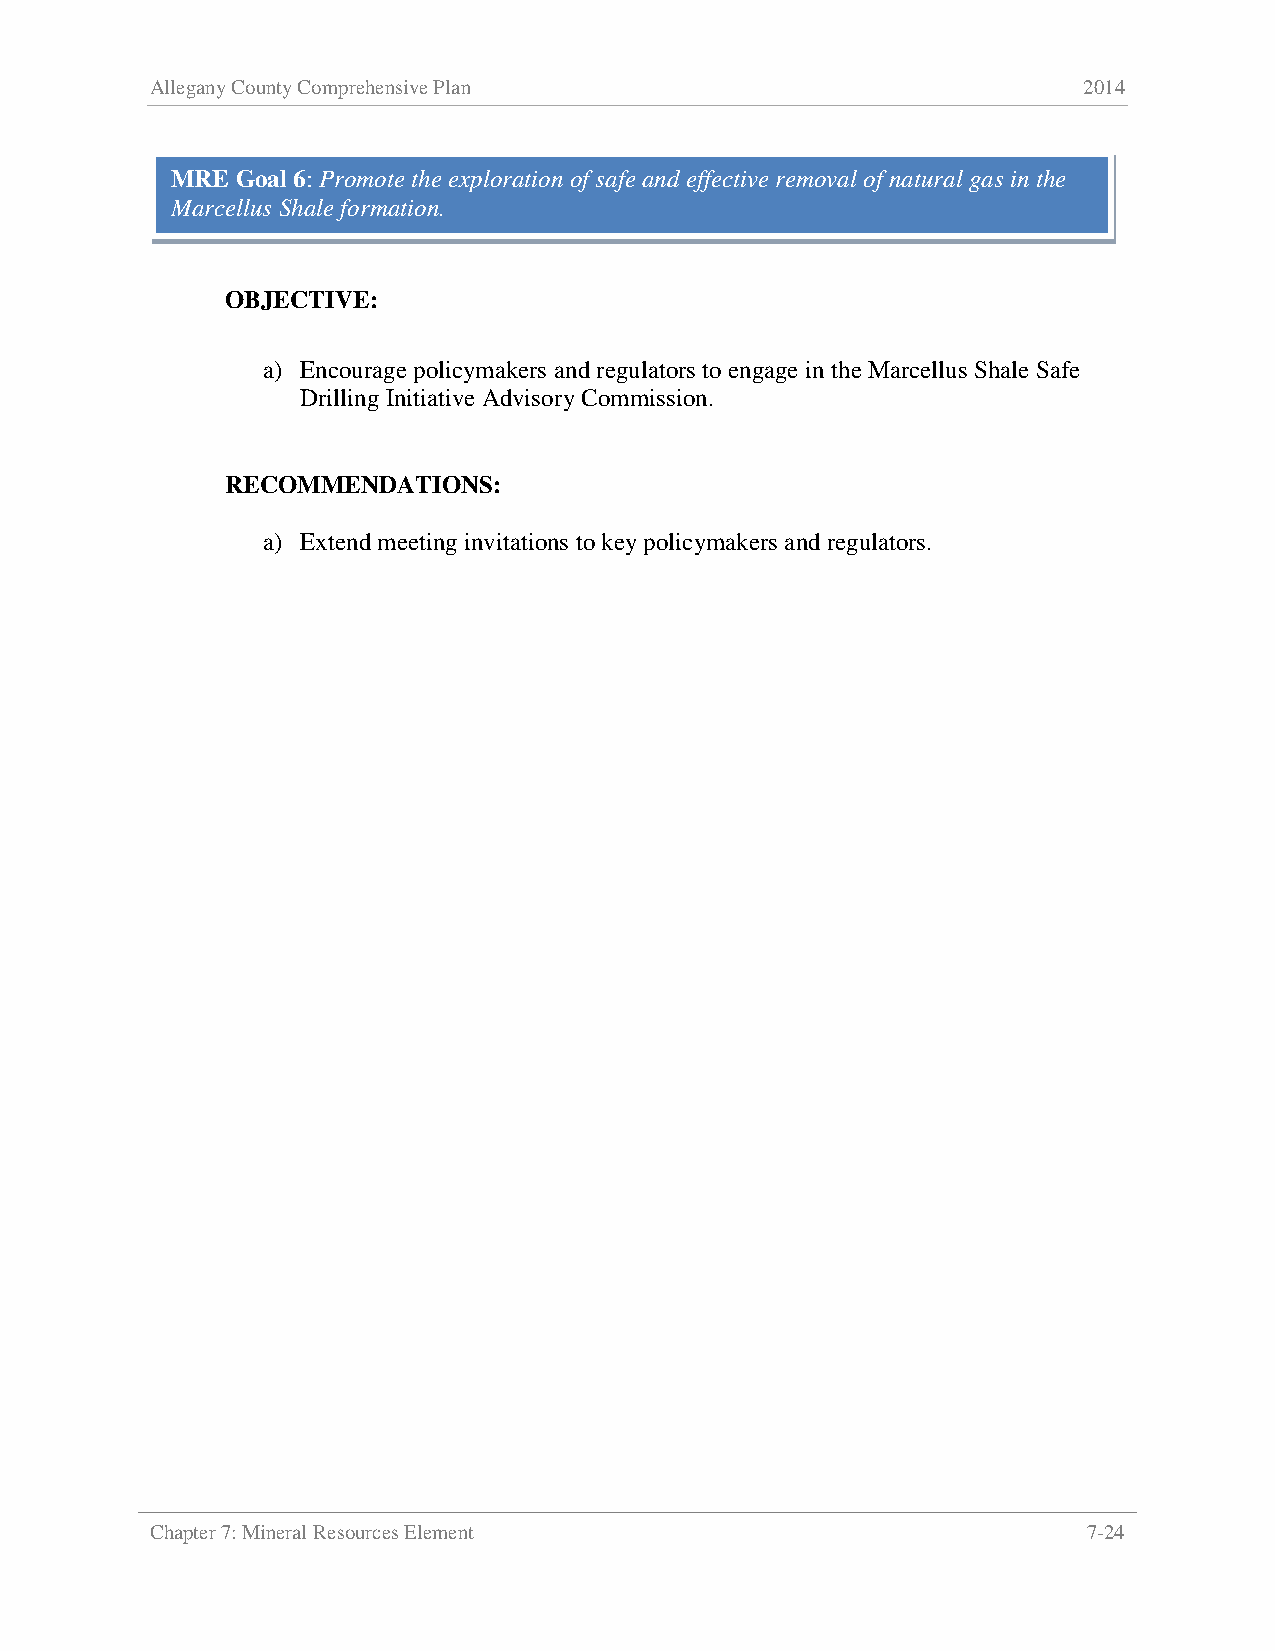
Allegany County Comprehensive Plan                            2014
 MRE  Goal 6: Promote the exploration of safe and effective removal of natural gas in the
 Marcellus Shale formation.
 OBJECTIVE:
 a) Encourage policymakers and regulators to engage in the Marcellus Shale Safe
 Drilling Initiative Advisory Commission.
 RECOMMENDATIONS:
 a) Extend meeting invitations to key policymakers and regulators.
 Chapter 7: Mineral Resources Element                          7-24